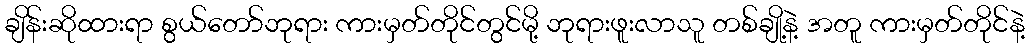
ချိန်းဆိုထားရာ စွယ်တော်ဘုရား ကားမှတ်တိုင်တွင်မို့ ဘုရားဖူးလာသူ တစ်ချို့နဲ့ အတူ ကားမှတ်တိုင်နဲ့